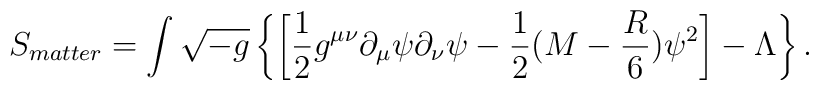
S_{matter} = \int\sqrt{-g}\left\{\left[{1\over 2} g^{\mu\nu} \partial_\mu\psi\partial_\nu\psi - {1\over 2}(M-{R\over 6})\psi^2\right] - \Lambda\right\}.